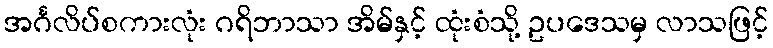
အင်္ဂလိပ်စကားလုံး ဂရိဘာသာ အိမ်နှင့် ထုံးစံသို့ ဥပဒေသမှ လာသဖြင့်